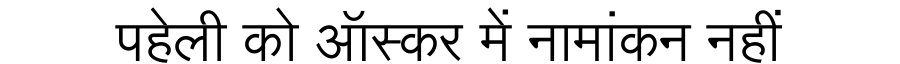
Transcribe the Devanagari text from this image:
पहेली को ऑस्कर में नामांकन नहीं